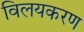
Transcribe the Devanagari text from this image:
विलयकरण